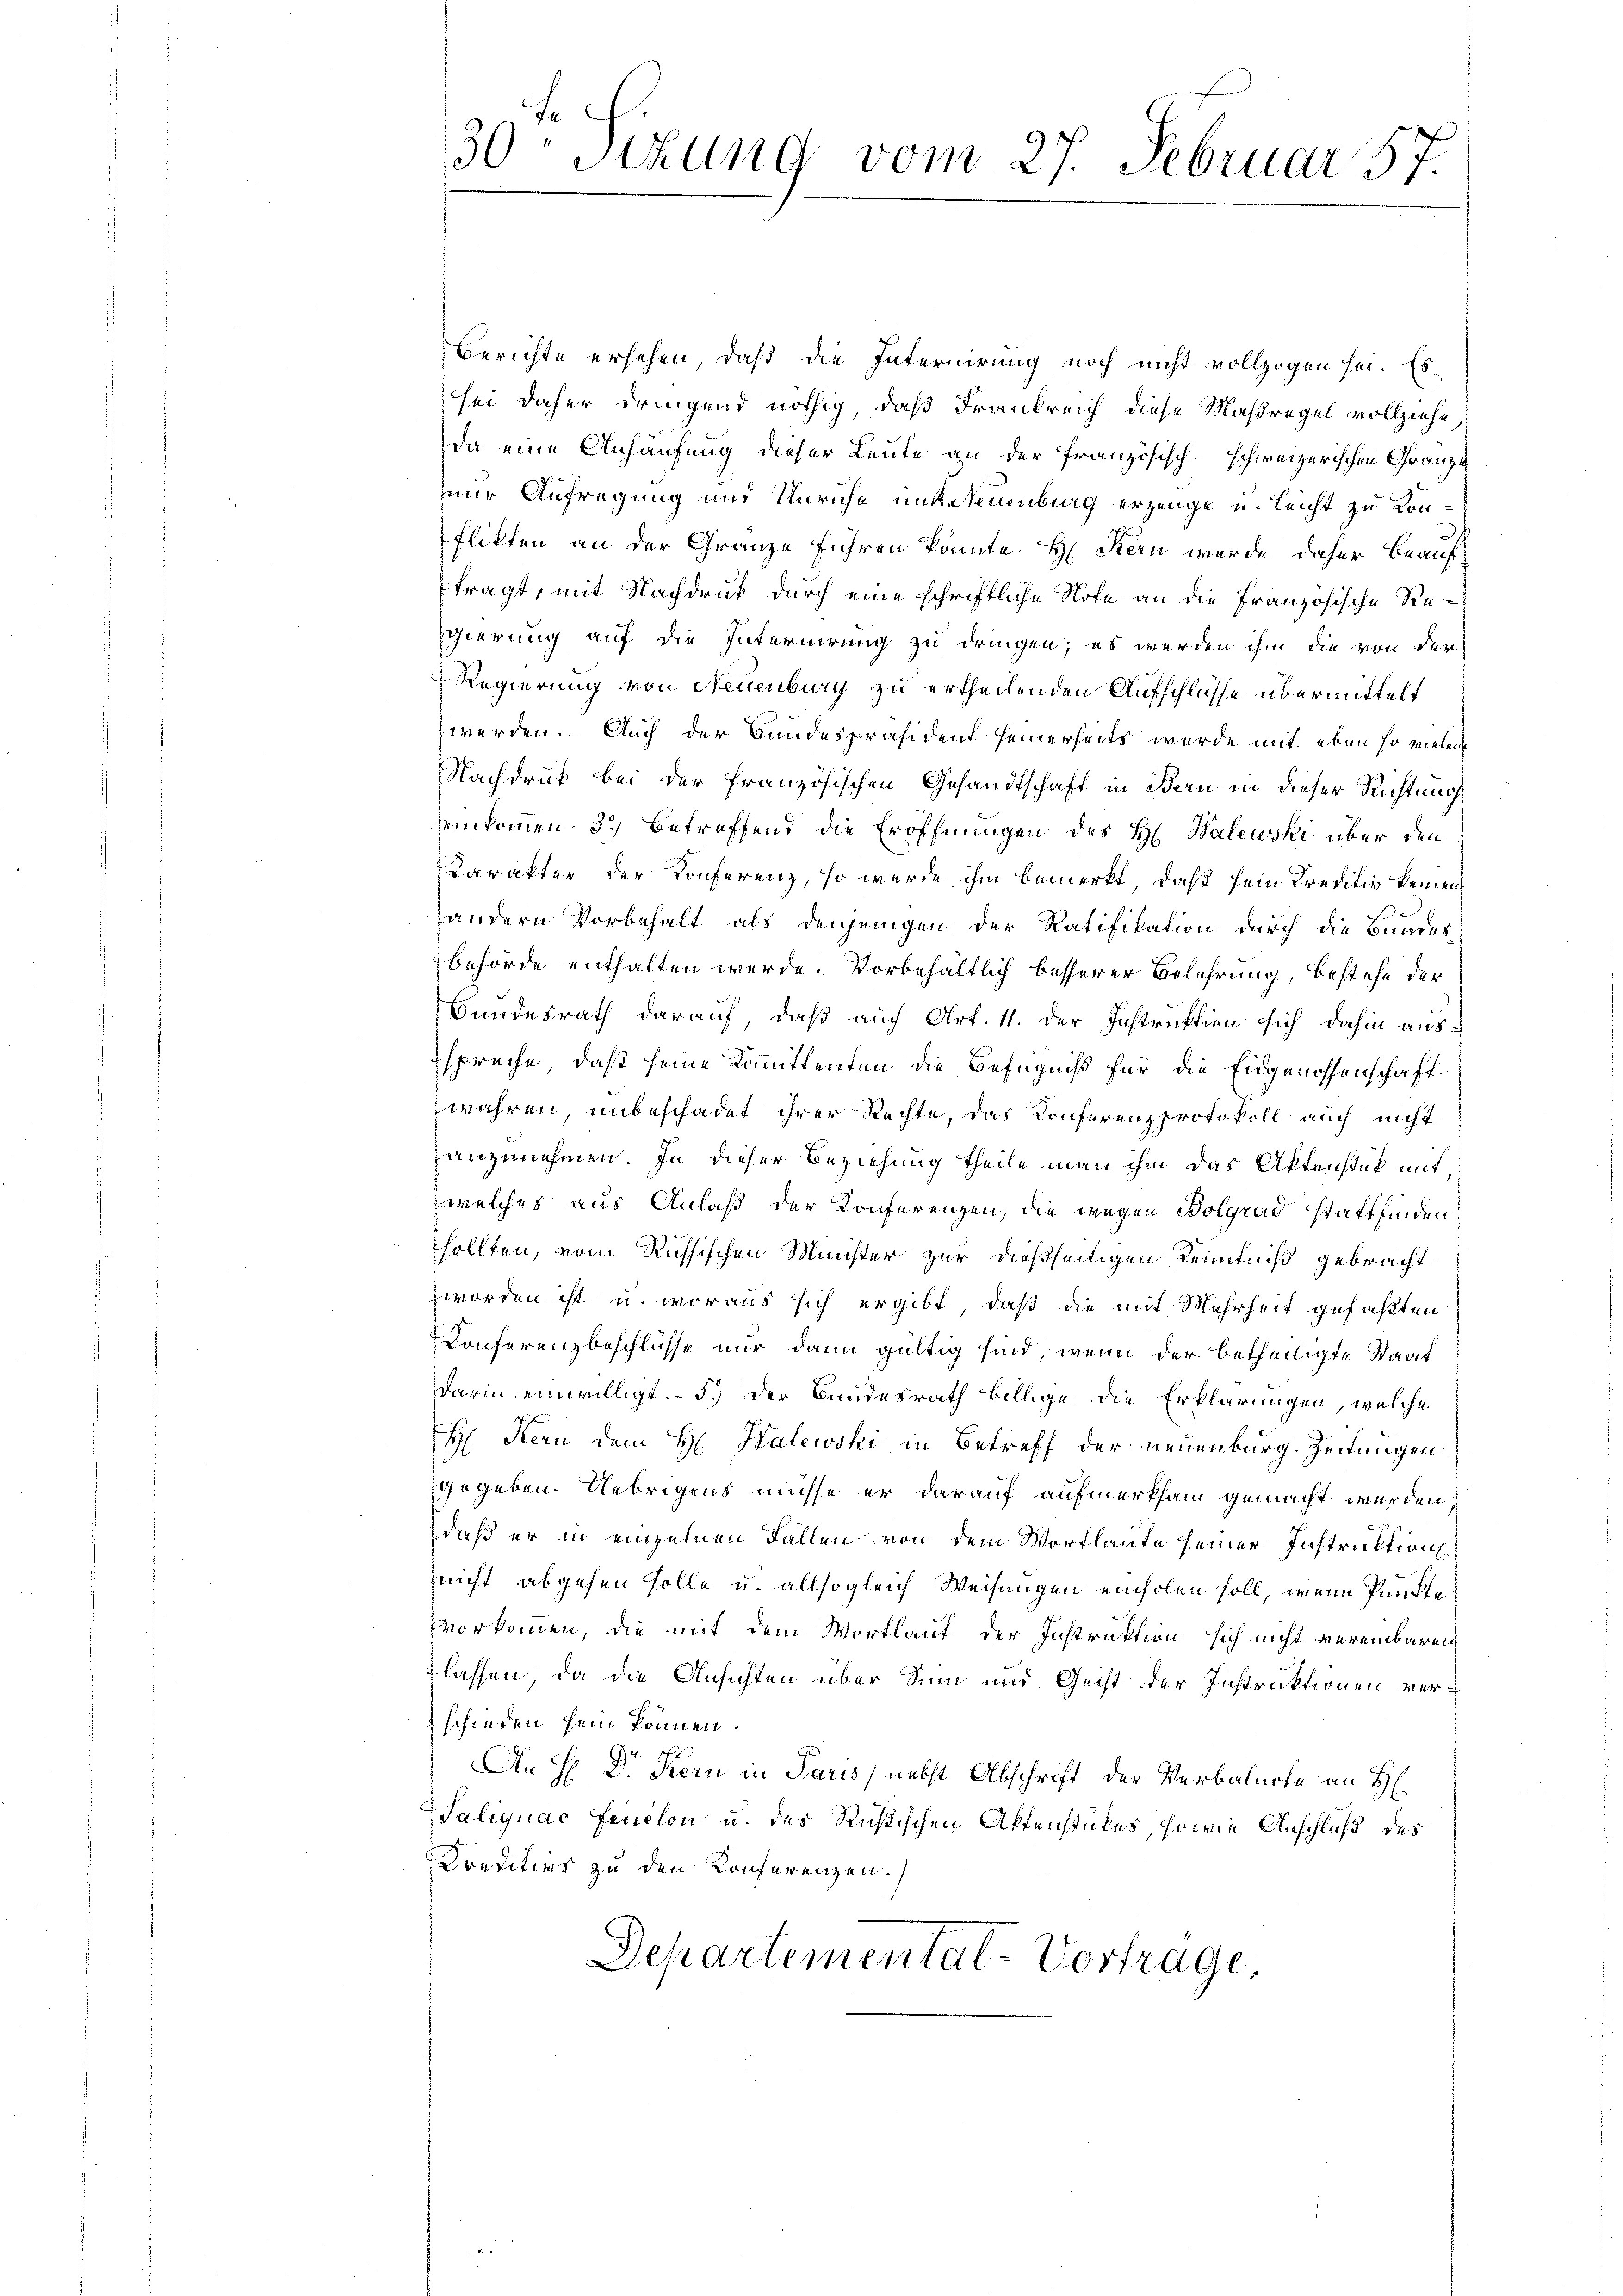
.
30 Sizung vom 27. Februar 57.

Berichte ersehen, daß die Internirung noch nicht vollzogen sei. Es
sei daher dringend nöthig, daß Frankreich diese Maßregel vollziehe
da eine Anhäufung dieser Leute an der französisch-schweizerischen Gränze
zur Aufregung und Unriche mit Neuenburg erzeuge u. leicht zu Konflikten an der Granze führen könnte. H. Stern wurde daher beauftragt, mit Nachdruck durch eine schriftliche Note an die Französische Regierung auf die Internirung zu dringen; es werden ihm die von der
Regierung von Neuenburg zu ertheilenden Aufschlüsse übermittelt
werden. – Auch der Bundespräsident seinerseits wurde mit eben so vielen
Nachdruk bei der französischen Gesandtschaft in Bern in dieser Richtung
seinkommen. 3.) Betreffend die Eröffnungen des H. Balewski über den
Carakter der Konferenz, so werde ihm bemerkt, daß sein Kreditiv keinen
andern Vorbehalt als denjenigen der Ratifikation durch die Bundes
behörde enthalten werde. Vorbehältlich besserer Belehrung, bestehe der
Bundesrath darauf, daß auch Art. 11. der Instruktion sich dahin aus-
spreche, daß seine Kommittenten die Befugniß für die Eingenossenschaft
wahren, unbeschadet ihrer Rechte, das Konferenzprotokoll auch nicht
anzunehmen. In dieser Beziehung theile man ihm das Aktenstät mit
welches aus Anlaß der Konferenzen, die wegen Bolgend stattfinden
sollten, vom Russischen Minister zur dießseitigen Kenntniß gebracht
zworden ist u. woraus sich ergibt, daß die mit Mehrheit gefaßten
Conferenzbeschlüsse nur dann gültig sind, wenn der betheiligte Staat
darin einwilligt. – 5. der Bundesrath billige die Erklärungen, welche
H Kern dem H. Halewski in Betreff der neuenburg. Zeitungen
gegeben. Uebrigens müsse er darauf aufmerksam gemacht werden
daß er in einzelnen Fällen von dem Wortlaute seiner Instruktion
nicht abgehen solle u. allsogleich Weisungen einholen soll, wenn Punkte
vorkommen, die mit dem Wortlauf der Instruktion sich nicht vereinbaren
flassen, da die Ansichten über Sinn und Geist der Instruktionen verschieden sein können.
An H Dr. Kern in Paris, nebst Abschrift der Verbalnote an H
Saliquac Feuclon u. des Rußischen Affenstückes, sowie Anschluß des
Kreditier zu den Konferenzen.
Departemental-Vortrage,